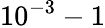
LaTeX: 10^{-3}-1